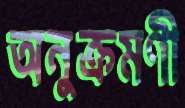
অনুক্রমণী